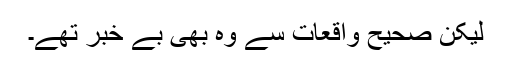
لیکن صحیح واقعات سے وہ بھی بے خبر تھے۔